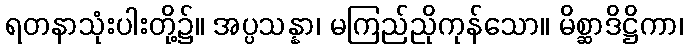
ရတနာသုံးပါးတို့၌။ အပ္ပသန္နာ၊ မကြည်ညိုကုန်သော။ မိစ္ဆာဒိဋ္ဌိကာ၊